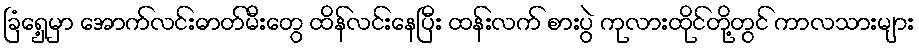
ခြံရှေ့မှာ အောက်လင်းဓာတ်မီးတွေ ထိန်လင်းနေပြီး ထန်းလက် စားပွဲ ကုလားထိုင်တို့တွင် ကာလသားများ